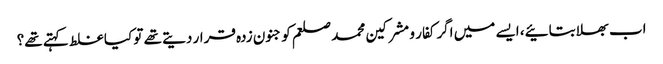
اب بھلا بتائیے، ایسے میں اگر کفار و مشرکین محمد صلعم کو جنون زدہ قرار دیتے تھے تو کیا غلط کہتے تھے؟